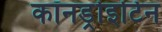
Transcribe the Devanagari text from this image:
कॉनड्रोइटिन